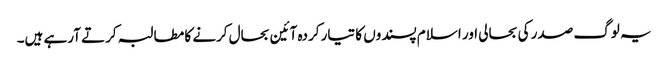
یہ لوگ صدر کی بحالی اور اسلام پسندوں کا تیار کردہ آئین بحال کرنے کا مطالبہ کرتے آرہے ہیں۔